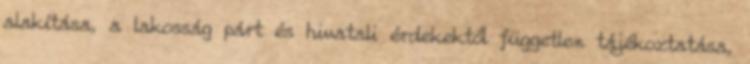
alakítása, a lakosság párt és hivatali érdekektől független tájékoztatása,